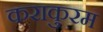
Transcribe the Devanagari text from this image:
कराकुरम